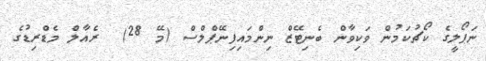
ނަޕޯލީގެ ކޯޗުކަމުން ވަކިވާން ބެނިޓޭޒް ނިންމައިފިނޭޕްލްސް (މޭ 28)  ރެއާލް މެޑްރިޑުގެ